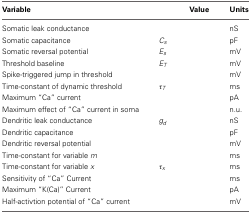
<table><thead><tr><td><b>Variable</b></td><td>[EMPTY_CELL]</td><td><b>Value</b></td><td><b>Units</b></td></tr></thead><tbody><tr><td>Somatic leak conductance</td><td>[EMPTY_CELL]</td><td>[EMPTY_CELL]</td><td>nS</td></tr><tr><td>Somatic capacitance</td><td><i>C<sub>s</sub></i></td><td>[EMPTY_CELL]</td><td>pF</td></tr><tr><td>Somatic reversal potential</td><td><i>E<sub>s</sub></i></td><td>[EMPTY_CELL]</td><td>mV</td></tr><tr><td>Threshold baseline</td><td><i>E<sub>T</sub></i></td><td>[EMPTY_CELL]</td><td>mV</td></tr><tr><td>Spike-triggered jump in threshold</td><td>[EMPTY_CELL]</td><td>[EMPTY_CELL]</td><td>mV</td></tr><tr><td>Time-constant of dynamic threshold</td><td>τ<i><sub>T</sub></i></td><td>[EMPTY_CELL]</td><td>ms</td></tr><tr><td>Maximum “Ca” current</td><td>[EMPTY_CELL]</td><td>[EMPTY_CELL]</td><td>pA</td></tr><tr><td>Maximum effect of “Ca” current in soma</td><td>[EMPTY_CELL]</td><td>[EMPTY_CELL]</td><td>n.u.</td></tr><tr><td>Dendritic leak conductance</td><td><i>g<sub>d</sub></i></td><td>[EMPTY_CELL]</td><td>nS</td></tr><tr><td>Dendritic capacitance</td><td>[EMPTY_CELL]</td><td>[EMPTY_CELL]</td><td>pF</td></tr><tr><td>Dendritic reversal potential</td><td>[EMPTY_CELL]</td><td>[EMPTY_CELL]</td><td>mV</td></tr><tr><td>Time-constant for variable <i>m</i></td><td>[EMPTY_CELL]</td><td>[EMPTY_CELL]</td><td>ms</td></tr><tr><td>Time-constant for variable <i>x</i></td><td>τ<sub><i>x</i></sub></td><td>[EMPTY_CELL]</td><td>ms</td></tr><tr><td>Sensitivity of “Ca” Current</td><td>[EMPTY_CELL]</td><td>[EMPTY_CELL]</td><td>ms</td></tr><tr><td>Maximum “K(Ca)” Current</td><td>[EMPTY_CELL]</td><td>[EMPTY_CELL]</td><td>pA</td></tr><tr><td>Half-activtion potential of “Ca” current</td><td>[EMPTY_CELL]</td><td>[EMPTY_CELL]</td><td>mV</td></tr></tbody></table>